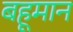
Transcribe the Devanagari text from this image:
बहूमान